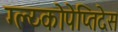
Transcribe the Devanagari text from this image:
ग्ल्य्कोपेप्तिदेस